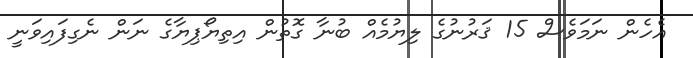
އެހެން ނަމަވެސް 15 ޤަރުނުގެ ލިޔުމެއް ބުނާ ގޮތުން އިތިޔޯޕިޔާގެ ނަން ނެގިފައިވަނީ